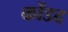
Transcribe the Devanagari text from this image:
कोंडद